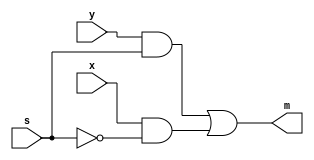
`timescale 1ns / 1ps
/*
2-to-1 multiplexer using gate-level modeling
author: albelt
Input
            x: J15(switch)
            y:L16(switch)
            s: R13(switch)
Output
             m:H17(led)
*/


module lab_1_1_1(x,y,s,m);
    input x,y,s;                                 
    output m;                                   
    wire ns,sel_a,sel_b;
    
    not u1(ns,s);
    and u2(sel_a,y,s);
    and u3(sel_b,x,ns);
    or u4(m,sel_a,sel_b);
    
endmodule